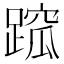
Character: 䠚